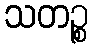
သတဉ္စ